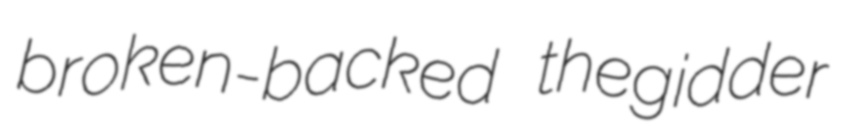
broken-backed thegidder